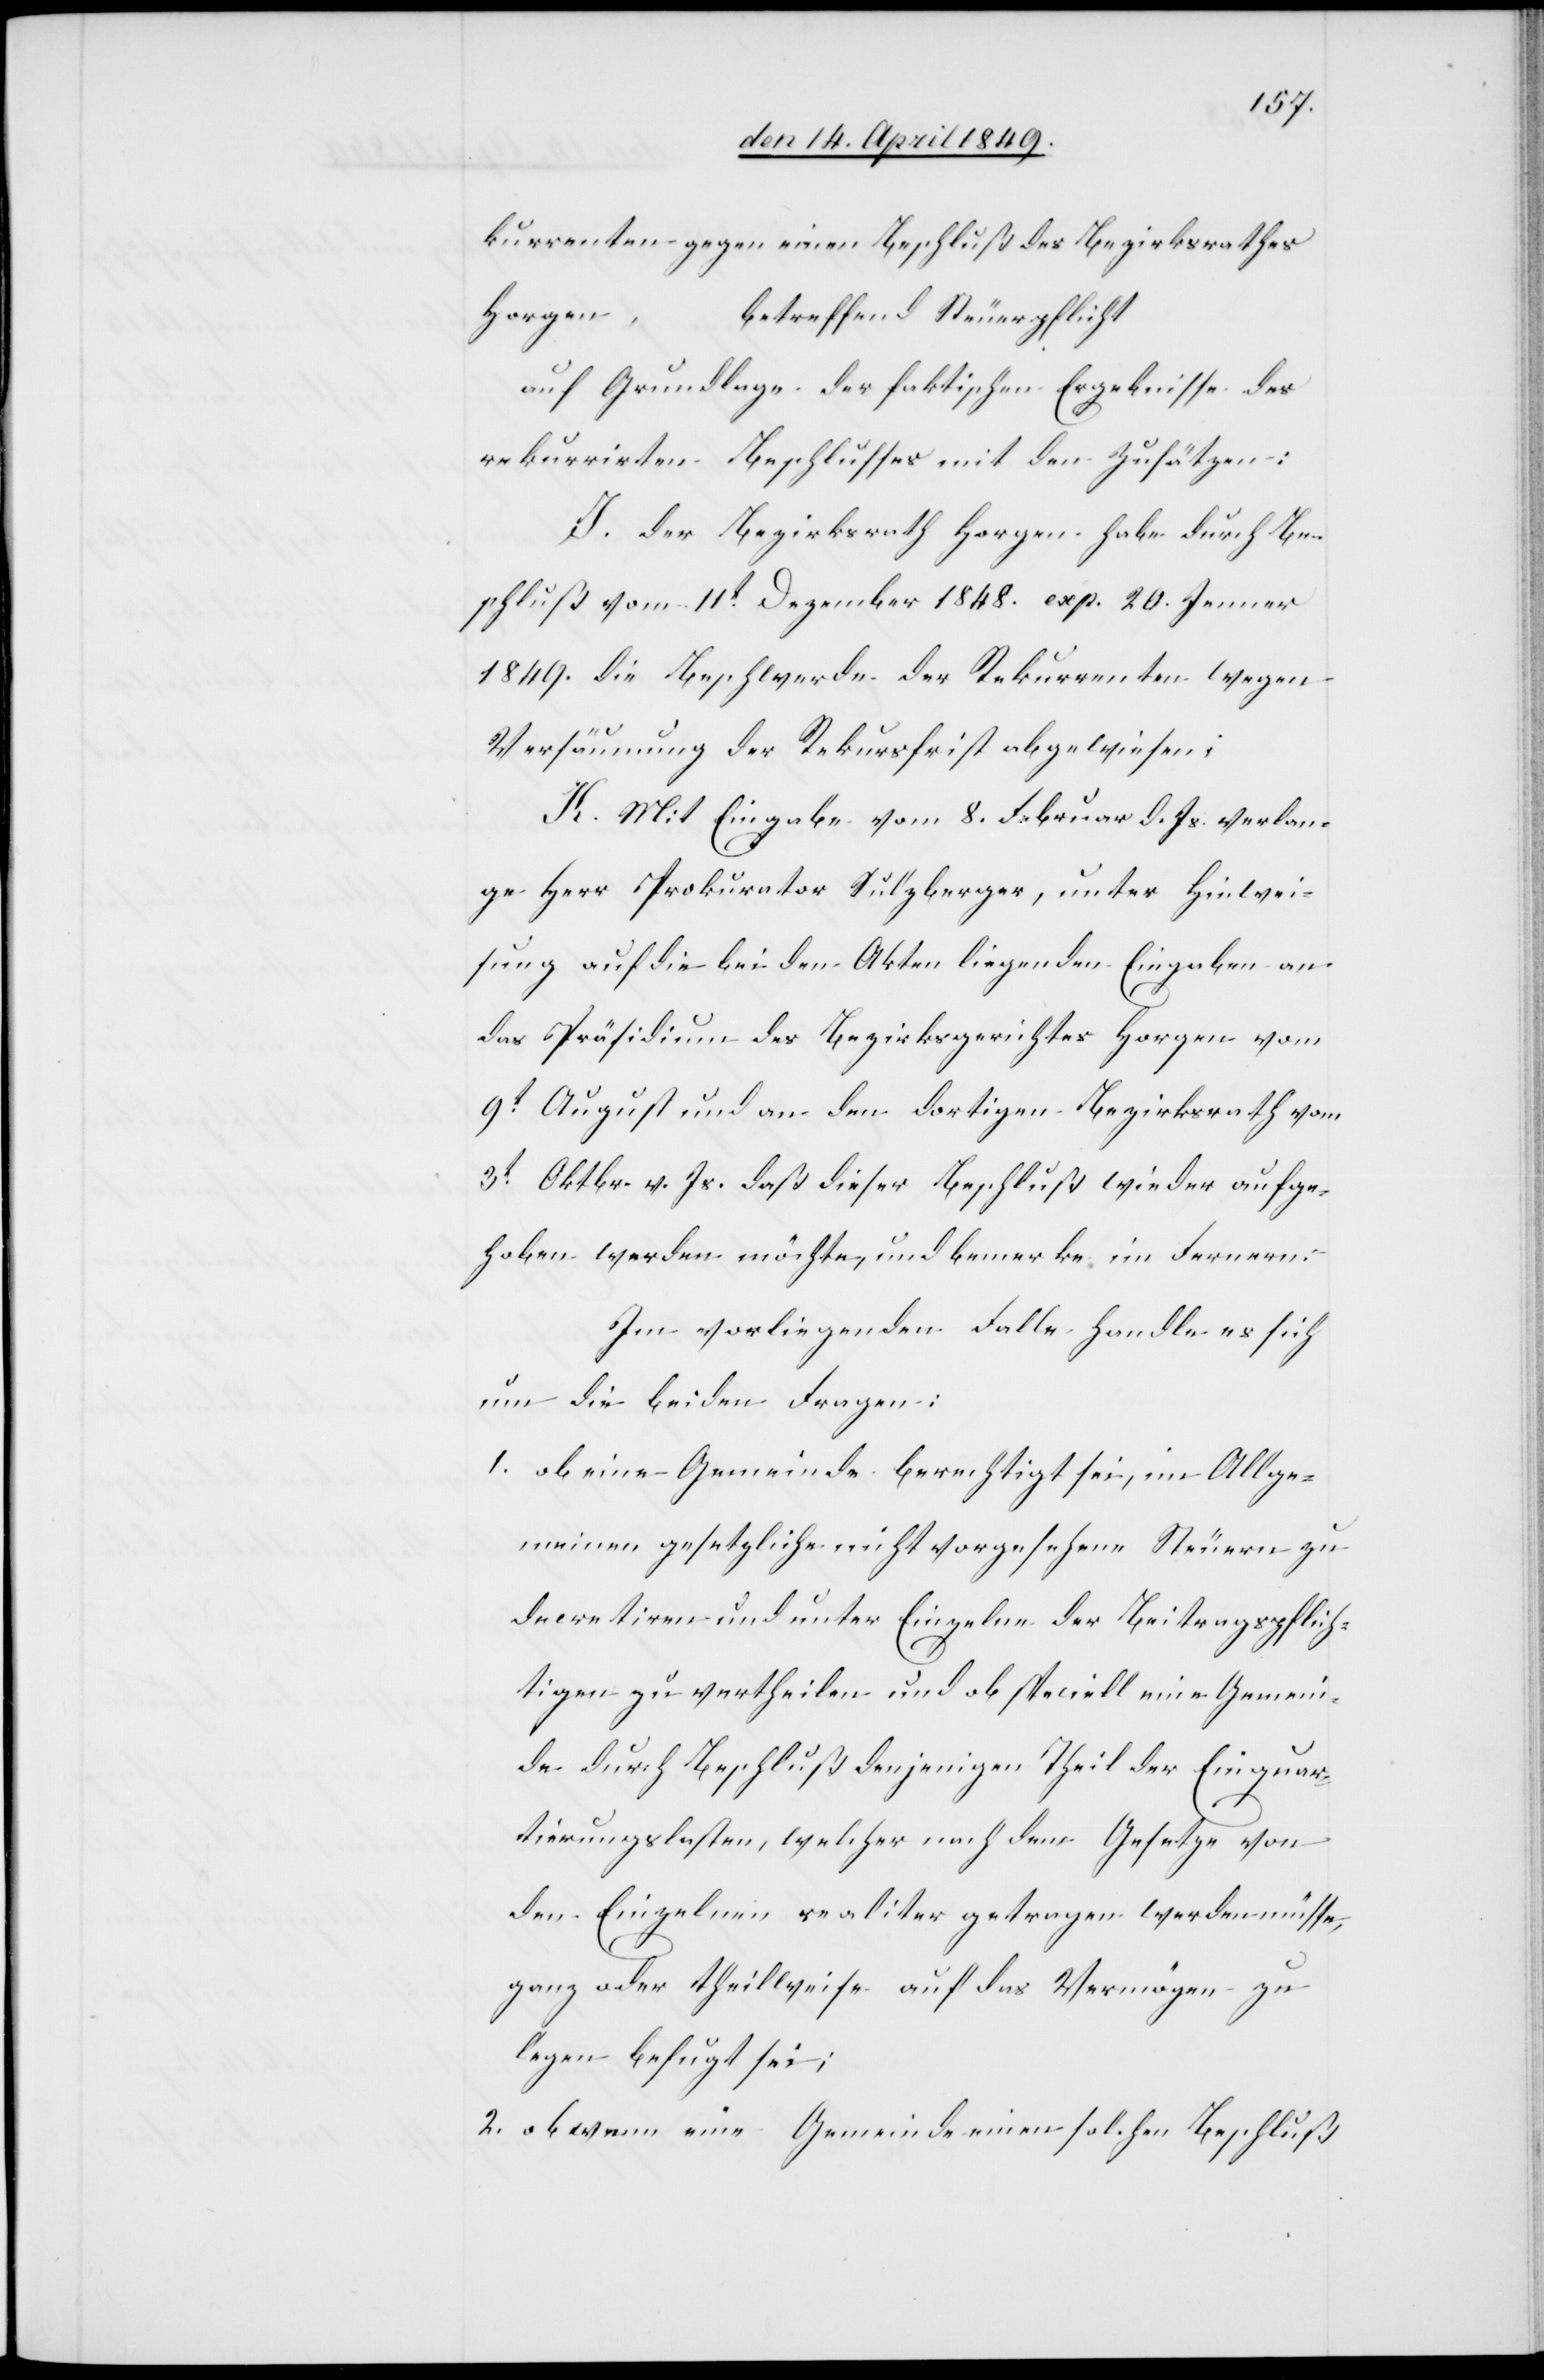
kurrenten gegen einen Beschluß des Bezirksrathes
Horgen,
betreffend Steuerpflicht
auf Grundlage der faktischen Ergebnisse des
rekurrirten Beschlusses mit den Zusätzen:
J. Der Bezirksrath Horgen habe durch Be¬
schluß vom 11t Dezember 1848. exp. 20. Jenner
1849. die Beschwerde der Rekurrenten wegen
Versäumung der Rekursfrist abgewiesen;
K. Mit Eingabe vom 8. Februar d. Js. verlan¬
ge Herr Prokurator Sulzberger, unter Hinwei¬
sung auf die bei den Akten liegenden Eingaben an
das Präsidium des Bezirksgerichtes Horgen vom
9t August und an den dortigen Bezirksrath vom
3t Oktbr. v. Js. daß dieser Beschluß wieder aufge¬
hoben werden möchte, und bemerke im Fernern:
Im vorliegenden Falle handle es sich
um die beiden Fragen:
1. ob eine Gemeinde berechtigt sei, im Allge¬
meinen gesetzliche nicht vorgesehene Steuern zu
decretiren und unter Einzelne der Beitragspflich¬
tigen zu vertheilen und ob speciell eine Gemein¬
de durch Beschluß denjenigen Theil der Einquar¬
tirungslasten, welcher nach dem Gesetze von
den Einzelnen realiter getragen werden müsse,
ganz oder theilweise auf das Vermögen zu
legen befugt sei;
2. ob wenn eine Gemeinde einen solchen Beschluß